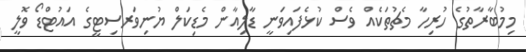
މިމުބާރާތުގެ ހުރިހާ މެޗުތަކެއް ވެސް ކުޅެފައިވަނީ ޑާލިއާން މެޑިކަލް ޔުނިވަރސިޓީގެ އައުޓްޑޯ ވޮލީ